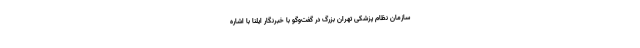
سازمان نظام پزشکی تهران بزرگ در گفت‌وگو با خبرنگار ایلنا با اشاره